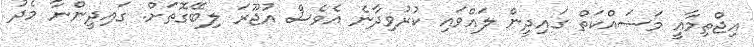
އިޖްތިމާއީ މަސައްކަތް ގައިދީން ލައްވައި ކުރުވިދާނެ އެވެސް އުޖޫރަ ލިބޭގޮތަށް. ގައިދީންނާ މެދު